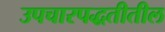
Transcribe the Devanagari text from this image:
उपचारपद्धतीतील